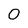
Character: 0